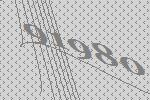
91980